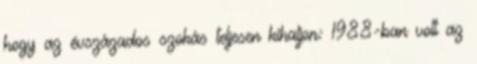
hogy az évszázados szokás teljesen kihaljon: 1988-ban volt az